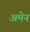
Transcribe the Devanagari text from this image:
अमेन